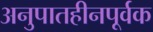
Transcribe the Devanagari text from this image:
अनुपातहीनपूर्वक